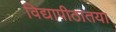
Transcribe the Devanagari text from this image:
विद्यापीठातया